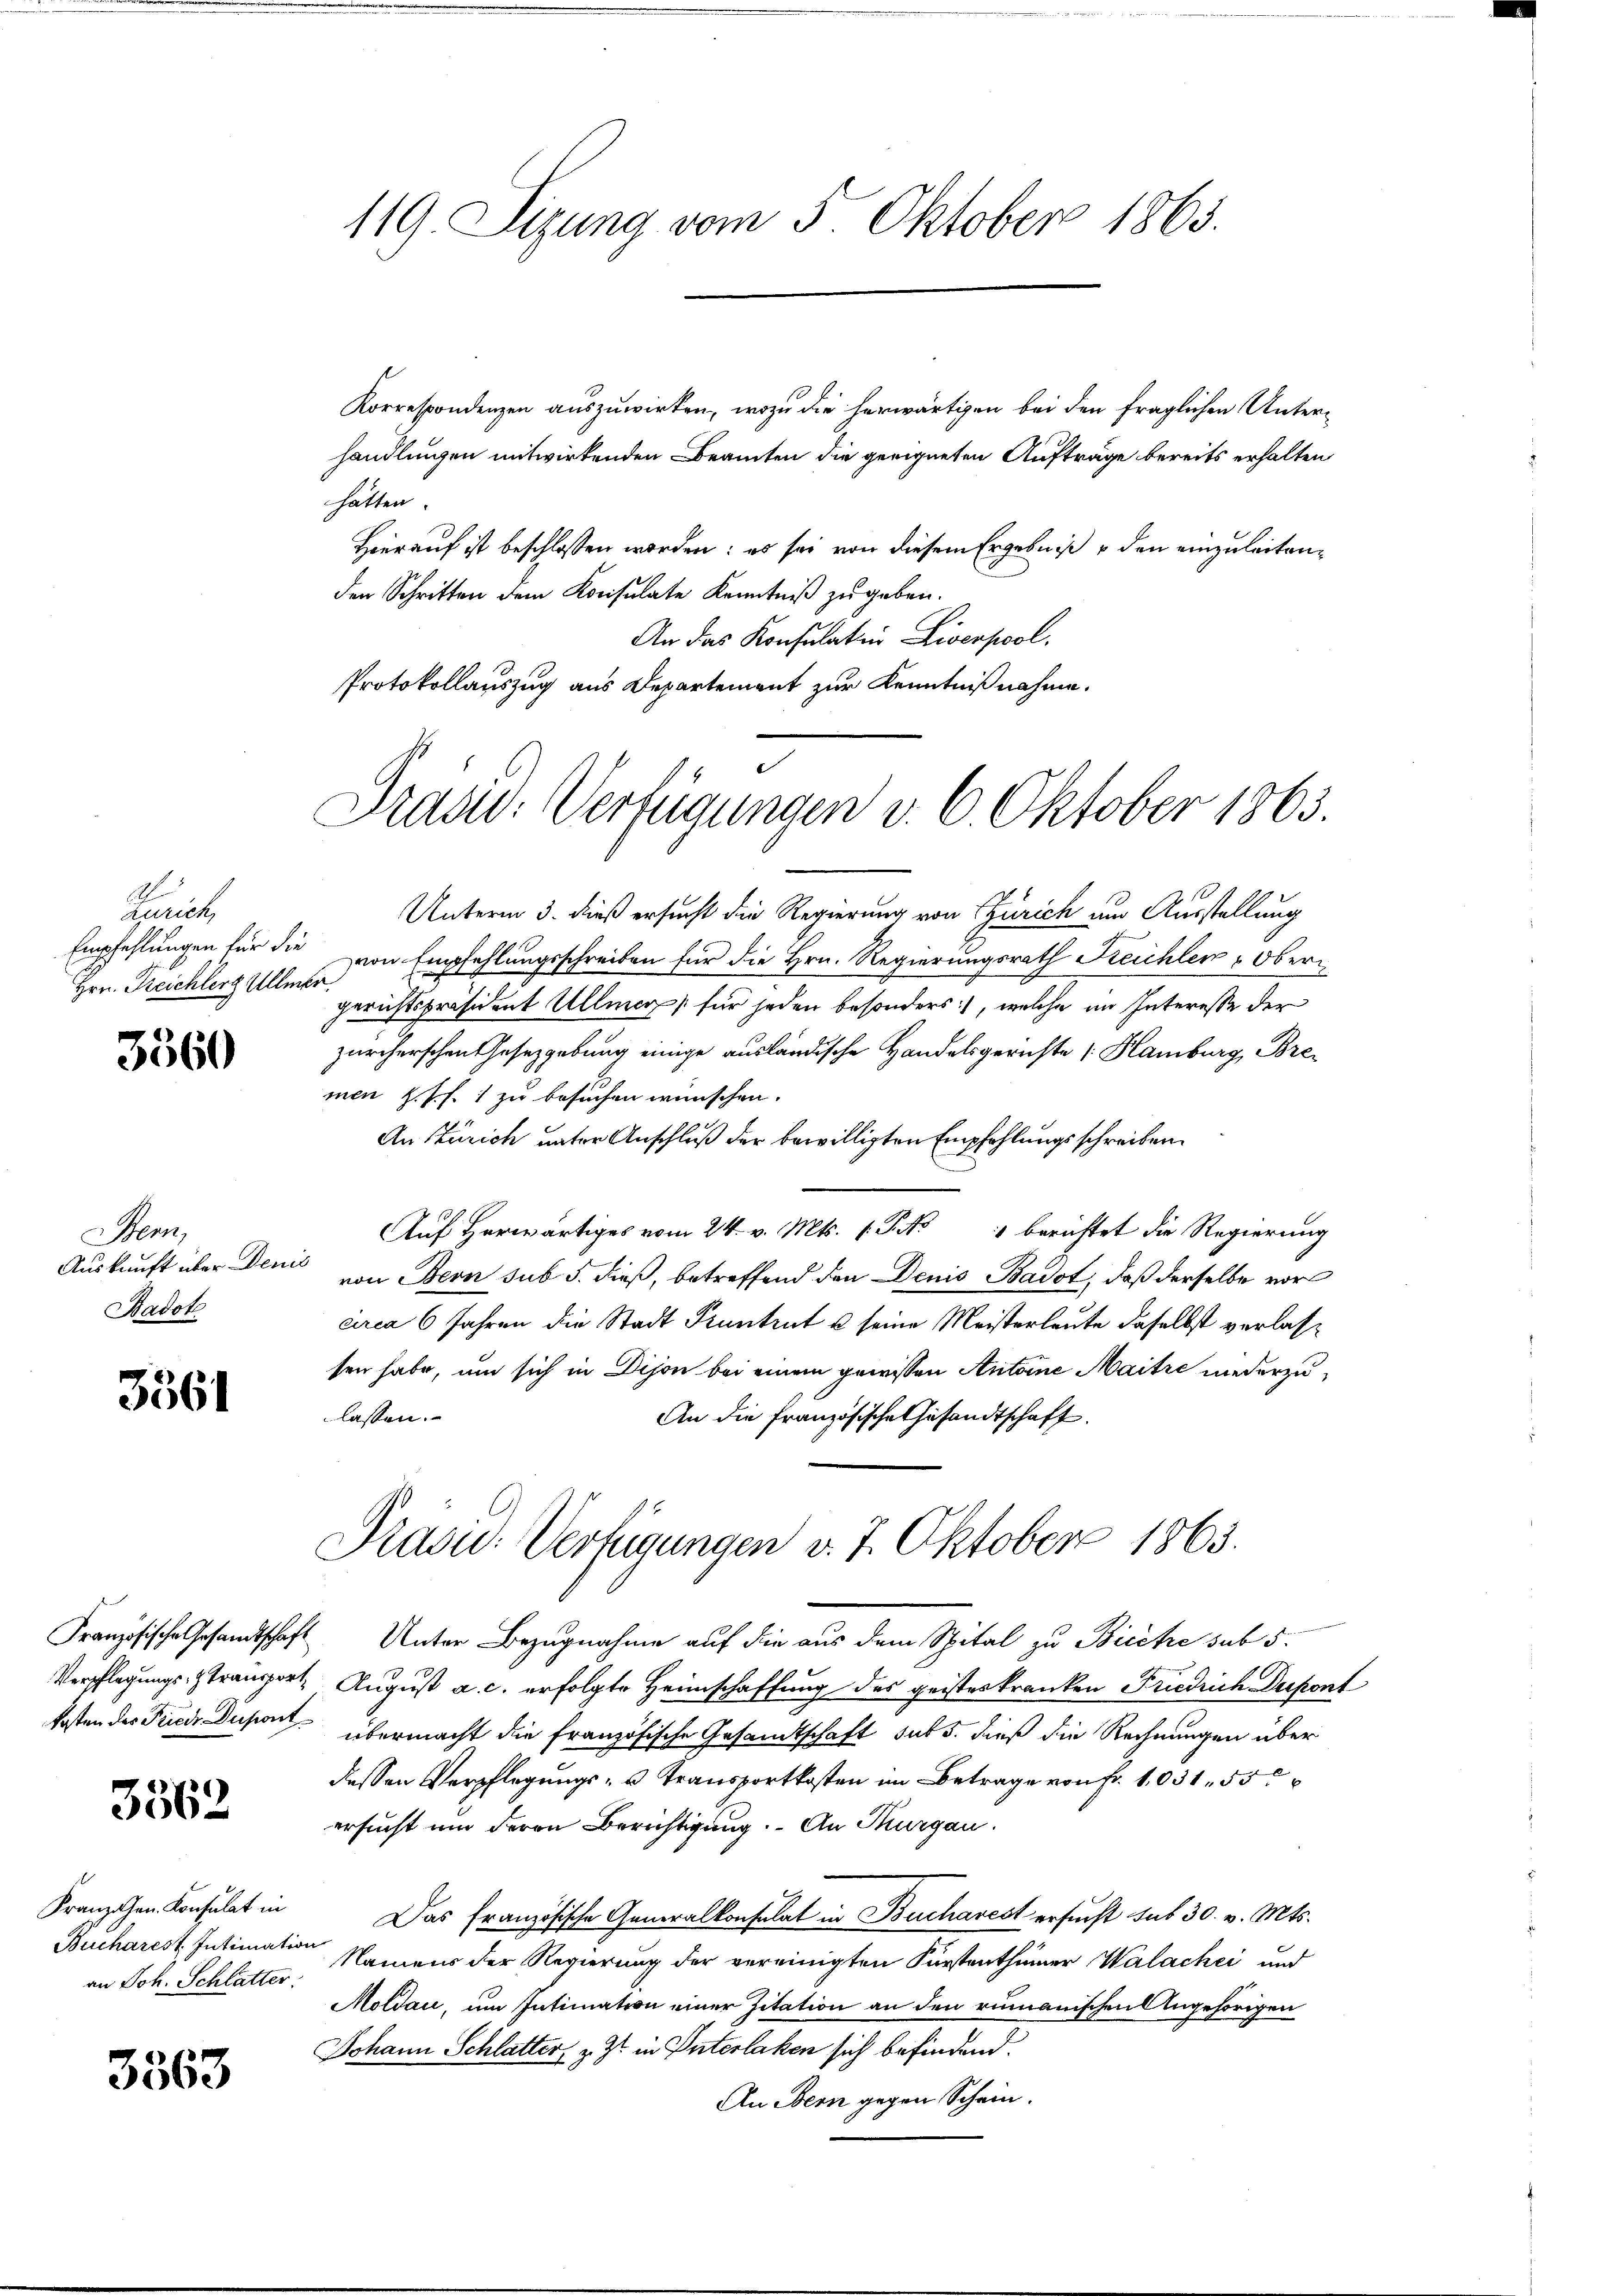
Kunit
Empfehlungen für die
Hrn. Treichlerg Ulle

3560

Stem
Auskunft über den
Badote

3561

Französische Gesandtschaft
Verpflegungs- & Transport
kosten des Frieder Dupont

3562

Franzien Konsulat in
Bucharest Intimatio
an Joh. Schlatter.

3563

119 Sizung vom 5. Oktober 1863.

hätten
den Schritten dem Konsulate Kenntniß zu geben.
An das Konsulatin Liverpool,
Protokollauszug aus Departement zur Kenntnißnahme.

Präsid. Verfügungen v. 6. Oktober 1863.

Korrespondenzen auszuwirken, wozu die herwärtigen bei den fraglichen Unterhandlungen mitwirkenden Beamten die geeigneten Aufträge bereits erhalten
Hierauf ist beschlossen worden: es sei von diesem Ergebniß & den einzuleiten¬

Unterm 3. dieß ersucht die Regierung von Zürich um Ausstellung
von Empfehlungsschreiben für die Hrn. Regierungsrath Kreichler Obere
gerichtspräsident Ullung für jeden besonders, welche im Interesse der
zürcherschen Gesetzgebung einige ausländische Handelsgerichte 1 Hamburg, Bremen h. s. f. 1 zu besuchen wünschen.
An Zürich unter Anschluß der bewilligten Empfehlungsschreiben
Auf herwärtiges vom 24. v. Mts. f. So berichtet die Regierung
von Bern sub 5. dieß, betreffend den Denis Badot, daß derselbe vor
circa 6 Jahren die Stadt Pantent u seine Meisterleute daselbst verlasse
sen habe, um sich in Dijon bei einem gewesen Antoine Maitre niederzulassen.
An die Französische Gesandtschaft.
Präsid.: Verfügungen v. 7. Oktober 1863.
Unter Bezugnahme auf die aus dem Spital zu Bicite sub 5
August a. c. erfolgte Heimschaffung des geisteskranken Friedrich Dupont
übermacht die französische Gesandtschaft subs. dieß die Rechnungen über
dessen Verpflegungs- u Transportkosten im Betrage von Fr. 1031, 55
ersucht um deren Berichtigung. An Thurgau.
Das französische Generalkonsulat in Bucharest ersucht sub 30. v. Mts.
Namens der Regierung der vereinigten Fürstenthümer Walachei und
Moldau, um Intimation einer Zitation an den rumänischen Angehörigen
Johann Schlatter, z. Zt. in Unterlaken sich befindend.
An Bern gegen Schein.